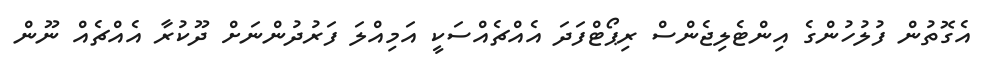
އެގޮތުން ފުލުހުންގެ އިންޓެލިޖެންސް ރިޕޯޓްފަދަ އެއްޗެއްސަކީ އަމިއްލަ ފަރުދުންނަށް ދޫކުރާ އެއްޗެއް ނޫން